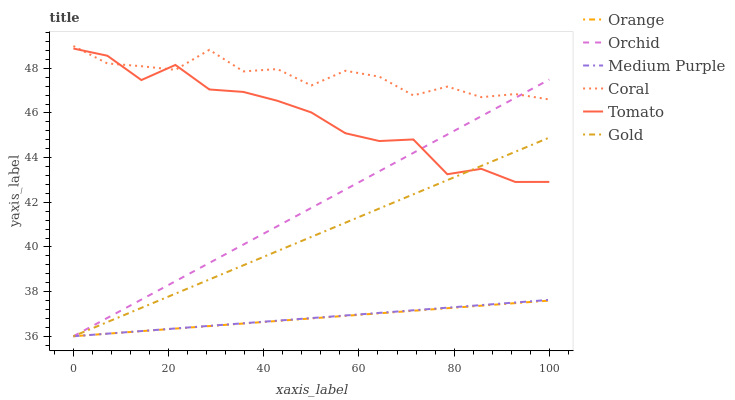
| xaxis_label | Orange | Orchid | Medium Purple | Coral | Tomato | Gold |
 | --- | --- | --- | --- | --- | --- | --- |
 | 0 | 36 | 36 | 36 | 49 | 48.9 | 36 |
 | 7.14 | 36.1 | 36.8 | 36.1 | 48.2 | 48.6 | 36.6 |
 | 14.3 | 36.2 | 37.6 | 36.2 | 48.1 | 47.5 | 37.3 |
 | 21.4 | 36.3 | 38.5 | 36.3 | 47.9 | 48.2 | 37.9 |
 | 28.6 | 36.5 | 39.3 | 36.5 | 48.8 | 47.1 | 38.5 |
 | 35.7 | 36.6 | 40.1 | 36.6 | 47.9 | 46.9 | 39.2 |
 | 42.9 | 36.7 | 40.9 | 36.7 | 48 | 46.5 | 39.8 |
 | 50 | 36.8 | 41.7 | 36.8 | 47.2 | 46 | 40.4 |
 | 57.1 | 36.9 | 42.6 | 36.9 | 47.9 | 45.1 | 41.1 |
 | 64.3 | 37 | 43.4 | 37 | 47.6 | 44.7 | 41.7 |
 | 71.4 | 37.1 | 44.2 | 37.2 | 46.8 | 44.8 | 42.4 |
 | 78.6 | 37.3 | 45 | 37.3 | 47.2 | 43.3 | 43 |
 | 85.7 | 37.4 | 45.9 | 37.4 | 46.7 | 43.5 | 43.6 |
 | 92.9 | 37.5 | 46.7 | 37.5 | 46.8 | 42.9 | 44.3 |
 | 100 | 37.6 | 47.5 | 37.6 | 46.6 | 42.9 | 44.9 |